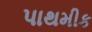
પાથમીક